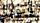
ويوجد